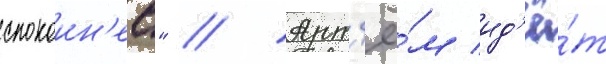
спокоин'ее" // Арт'ё́м ид'ё́т